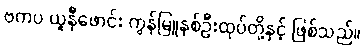
ဗကပ ယူနီဖောင်း ကွန်မြူနစ်ဦးထုပ်တို့နှင့် ဖြစ်သည်။